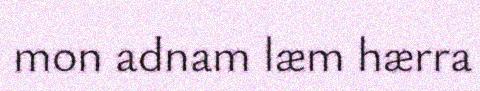
mon adnam læm hærra